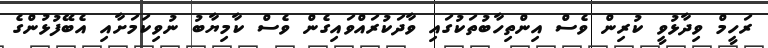
ރަހީމް ވިދާޅުވީ ކުރިން ވެސް އިންތިހާބުތަކުގައި ވާދަކުރައްވައިގެން ވެސް ކާމިޔާބު ނުވިކަމަށާއި އެބޭފުޅުންގެ